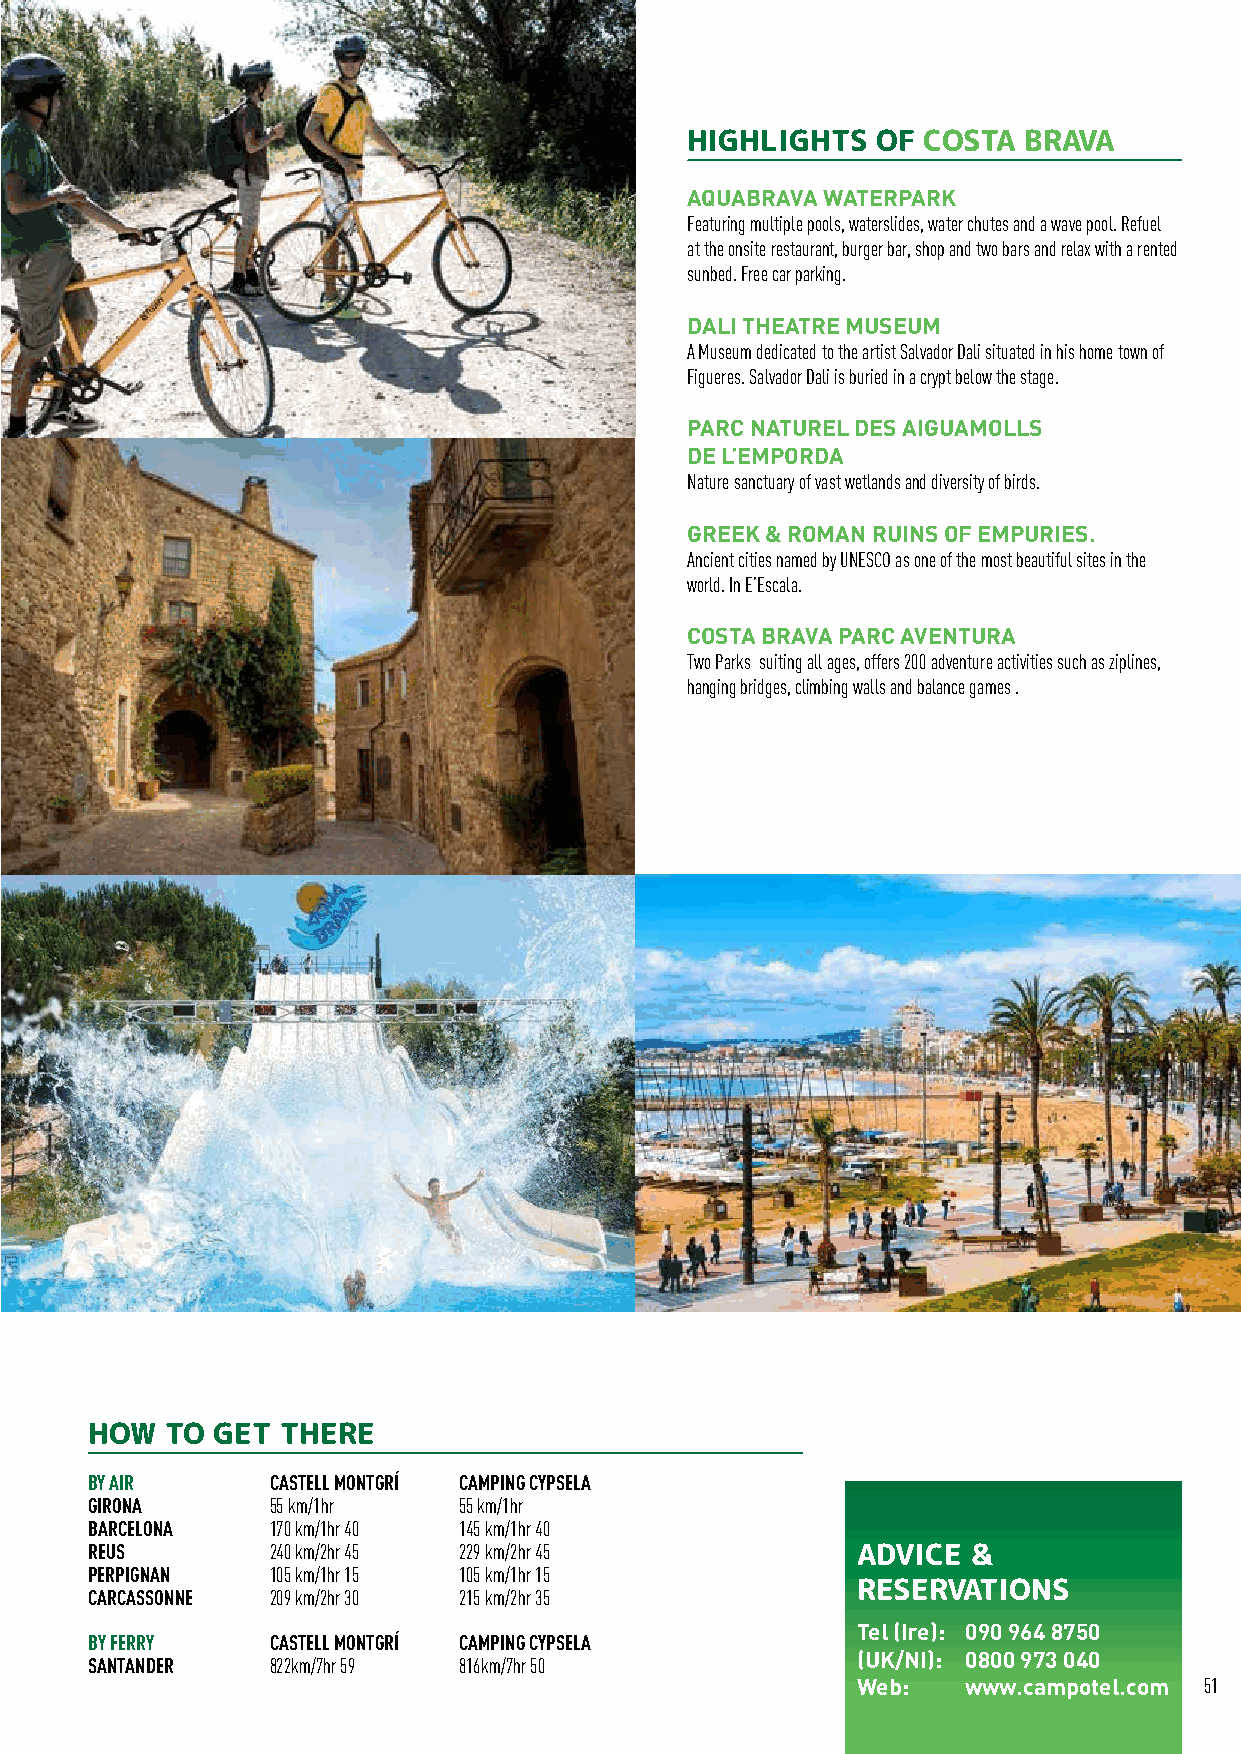
COSTA BRAVA SPAIN
 HIGHLIGHTS   OF COSTA  BRAVA
 AQUABRAVA WATERPARK
 Featuring multiple pools, waterslides, water chutes and a wave pool. Refuel
 at the onsite restaurant, burger bar, shop and two bars and relax with a rented
 sunbed. Free car parking.
 DALI THEATRE MUSEUM
 A Museum dedicated to the artist Salvador Dali situated in his home town of
 Figueres. Salvador Dali is buried in a crypt below the stage.
 PARC NATUREL DES AIGUAMOLLS
 DE L’EMPORDA
 Nature sanctuary of vast wetlands and diversity of birds.
 GREEK & ROMAN RUINS OF EMPURIES.
 Ancient cities named by UNESCO as one of the most beautiful sites in the
 world. In E’Escala.
 COSTA BRAVA PARC AVENTURA
 Two Parks suiting all ages, offers 200 adventure activities such as ziplines,
 hanging bridges, climbing walls and balance games .
 HOW  TO GET  THERE
 BY AIR      CASTELL MONTGRÍ CAMPING CYPSELA
 GIRONA      55 km/1hr   55 km/1hr
 BARCELONA   170 km/1hr 40 145 km/1hr 40
 REUS        240 km/2hr 45 229 km/2hr 45            ADVICE &
 PERPIGNAN   105 km/1hr 15 105 km/1hr 15
 RESERVATIONS
 CARCASSONNE 209 km/2hr 30 215 km/2hr 35
 Tel (Ire): 090 964 8750
 BY FERRY    CASTELL MONTGRÍ CAMPING CYPSELA
 (UK/NI): 0800 973 040
 SANTANDER   822km/7hr 59 816km/7hr 50
 Web:   www.campotel.com 51